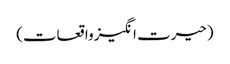
(حیرت انگیز واقعات)